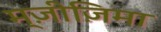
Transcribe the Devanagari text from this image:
म्ज़ीज़िमा